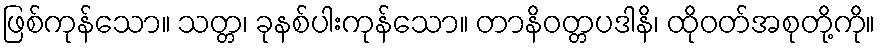
ဖြစ်ကုန်သော။ သတ္တ၊ ခုနစ်ပါးကုန်သော။ တာနိဝတ္တပဒါနိ၊ ထိုဝတ်အစုတို့ကို။